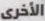
الأخرى